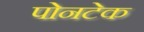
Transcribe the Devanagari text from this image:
पोनटेक